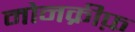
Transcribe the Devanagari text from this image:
मोनक्रीफ़